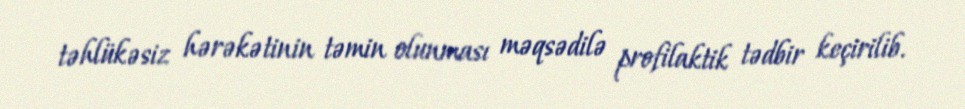
təhlükəsiz hərəkətinin təmin olunması məqsədilə profilaktik tədbir keçirilib.